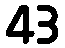
43